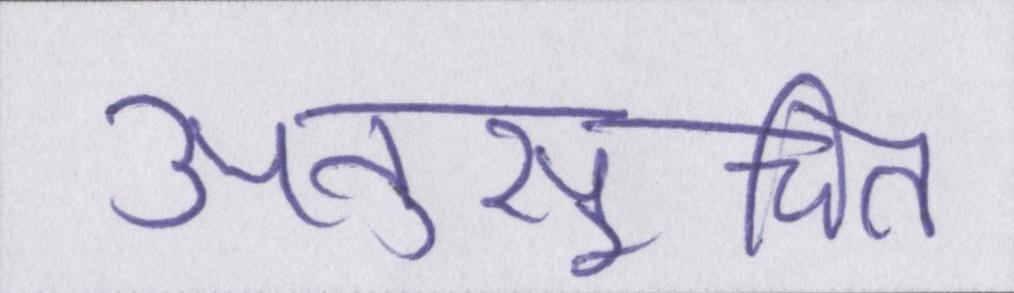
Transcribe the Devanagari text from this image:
अनुसूचित